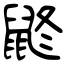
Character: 鼨